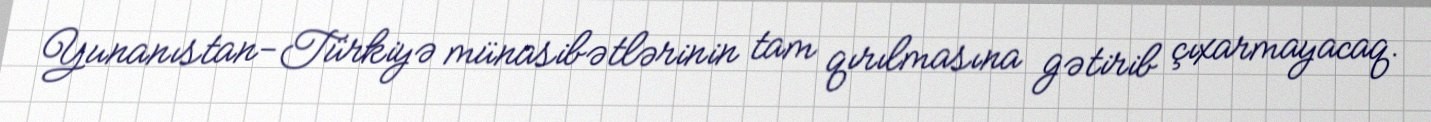
Yunanıstan-Türkiyə münasibətlərinin tam qırılmasına gətirib çıxarmayacaq.